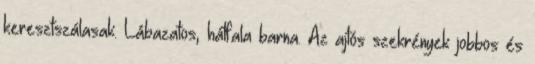
keresztszálasak. Lábazatos, hátfala barna. Az ajtós szekrények jobbos és